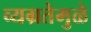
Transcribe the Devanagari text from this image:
व्यग्रतेमुळे